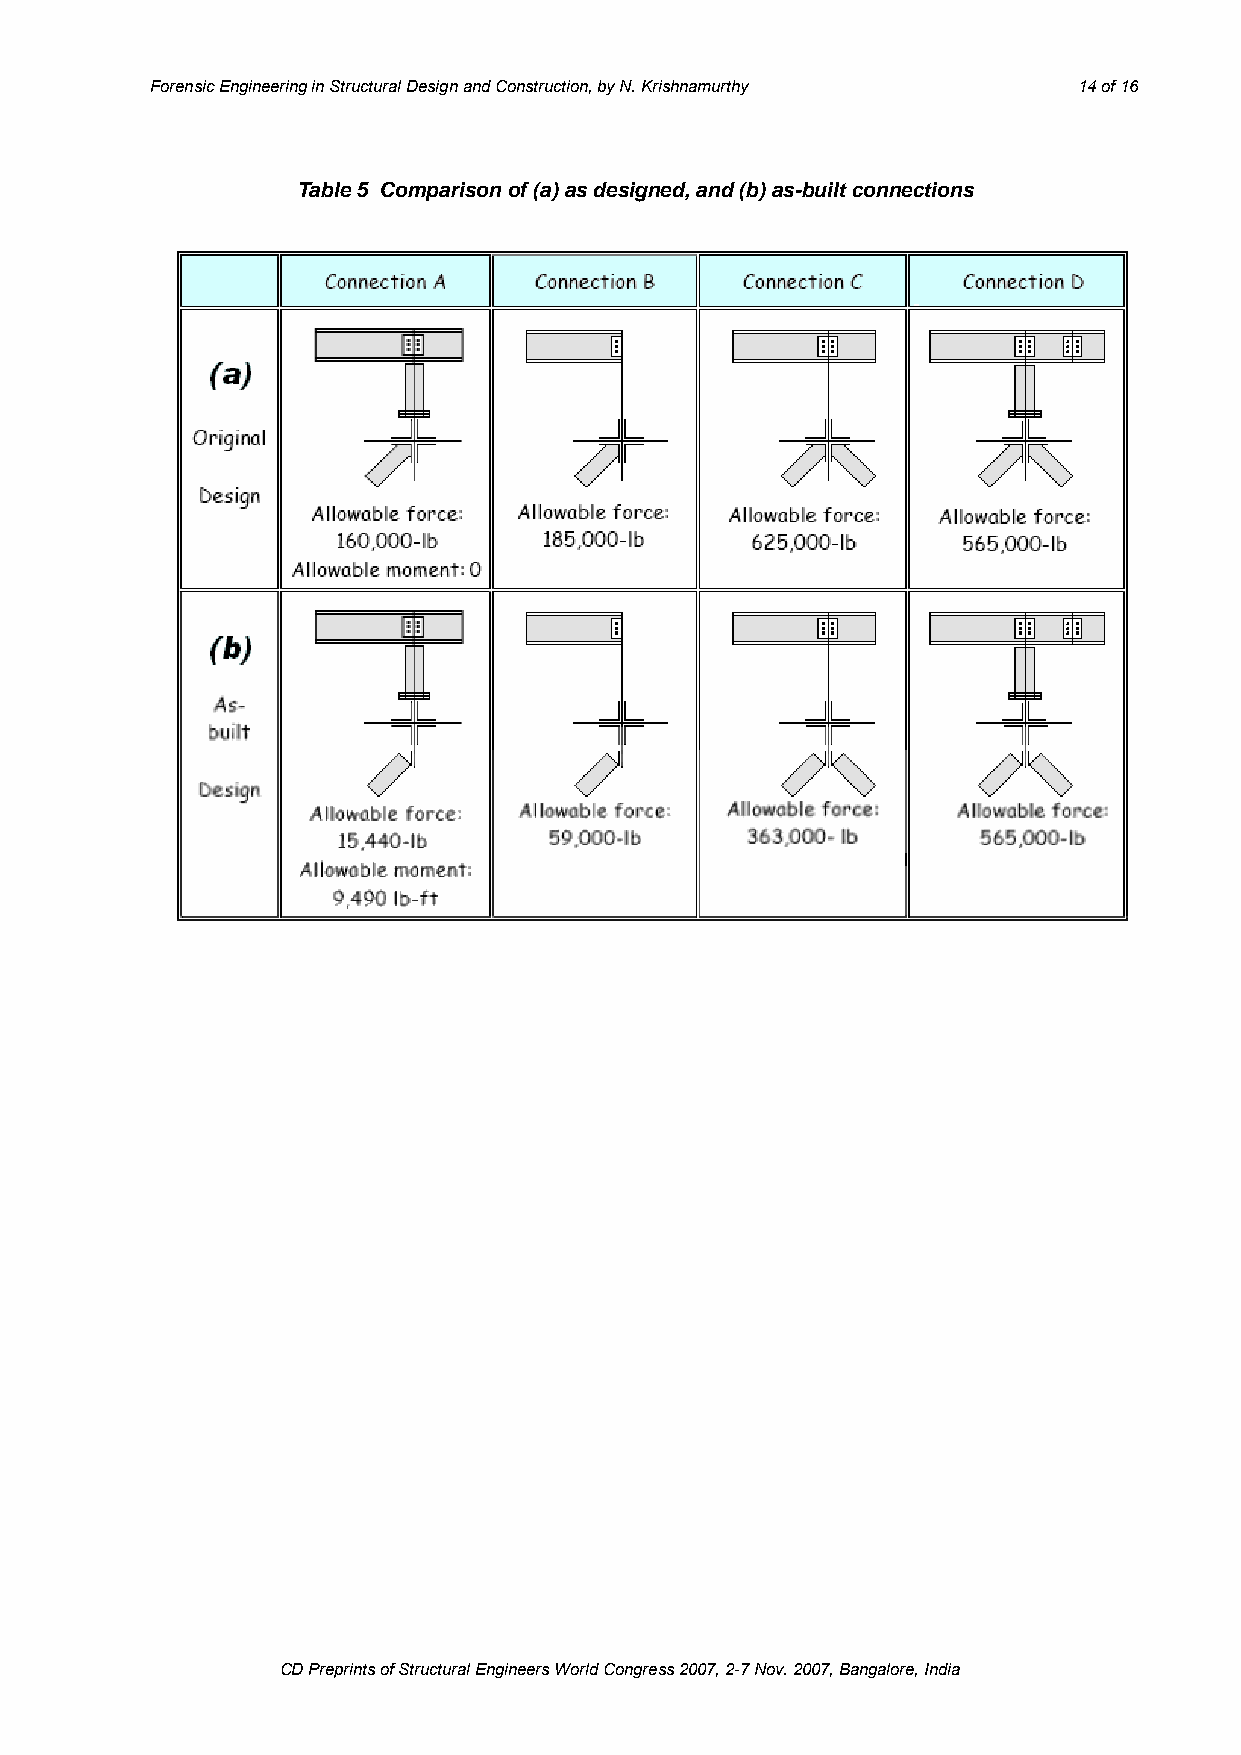
Forensic Engineering in Structural Design and Construction, by N. Krishnamurthy 14 of 16
 Table 5 Comparison of (a) as designed, and (b) as-built connections
 CD Preprints of Structural Engineers World Congress 2007, 2-7 Nov. 2007, Bangalore, India